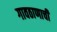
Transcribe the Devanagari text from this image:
गावठाणाची